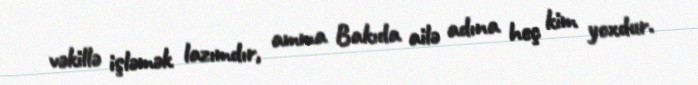
vəkillə işləmək lazımdır, amma Bakıda ailə adına heç kim yoxdur.